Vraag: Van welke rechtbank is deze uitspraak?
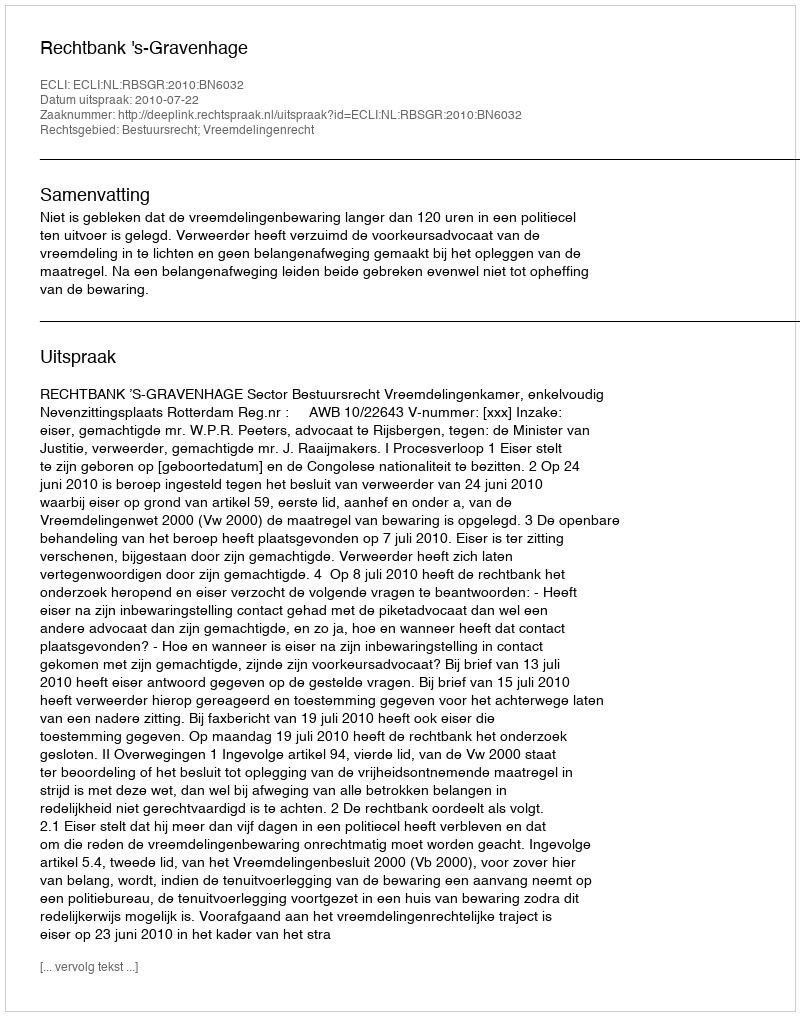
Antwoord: Rechtbank 's-Gravenhage